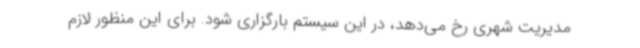
مدیریت شهری رخ می‌دهد، در این سیستم بارگزاری شود. برای این منظور لازم